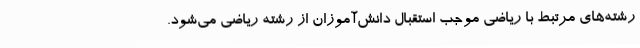
رشته‌های مرتبط با ریاضی موجب استقبال دانش‌آموزان از رشته ریاضی می‌شود.